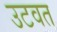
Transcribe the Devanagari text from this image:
उटवत